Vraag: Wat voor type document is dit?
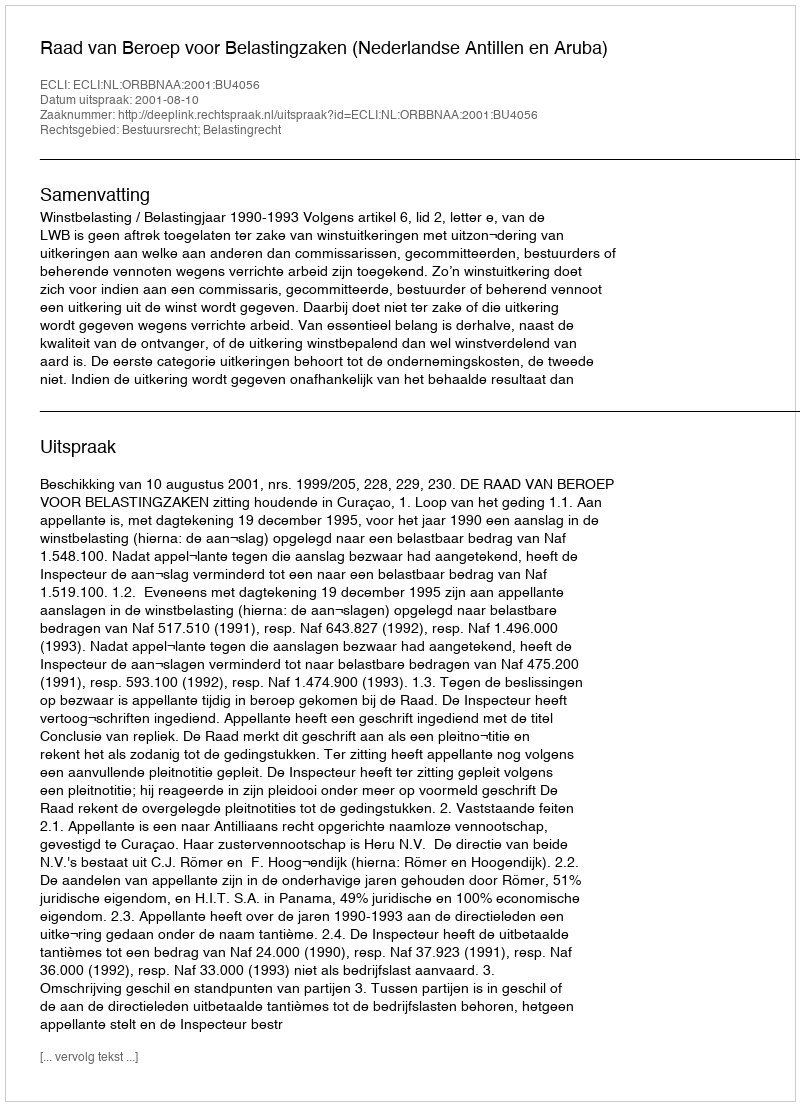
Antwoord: Uitspraak